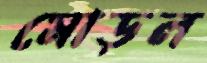
মোড়ল